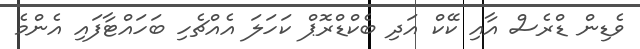
ވެޑިން ޑްރެސް އާއި ކޭކް އަދި ބެކްޑްރޮޕް ކަހަލަ އެއްޗެހި ބަހައްޓާފައި އެންމެ